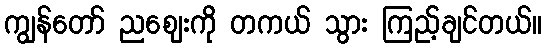
ကျွန်တော် ညဈေးကို တကယ် သွား ကြည့်ချင်တယ်။